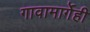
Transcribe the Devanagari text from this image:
गावामार्गेही